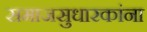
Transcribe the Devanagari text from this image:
समाजसुधारकांना